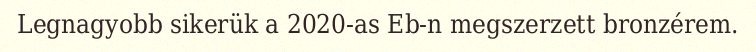
Legnagyobb sikerük a 2020-as Eb-n megszerzett bronzérem.